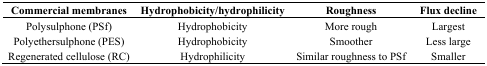
<table><thead><tr><td><b>Commercial membranes</b></td><td><b>Hydrophobicity/hydrophilicity</b></td><td><b>Roughness</b></td><td><b>Flux decline</b></td></tr></thead><tbody><tr><td>Polysulphone (PSf)</td><td>Hydrophobicity</td><td>More rough</td><td>Largest</td></tr><tr><td>Polyethersulphone (PES)</td><td>Hydrophobicity</td><td>Smoother</td><td>Less large</td></tr><tr><td>Regenerated cellulose (RC)</td><td>Hydrophilicity</td><td>Similar roughness to PSf</td><td>Smaller</td></tr></tbody></table>